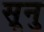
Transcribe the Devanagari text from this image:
सूनु